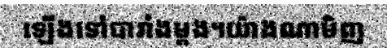
ឡើងទៅបារាំងម្តង។យ៉ាងណាមិញ